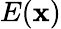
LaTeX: E(\mathbf{x})